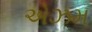
એઝમ